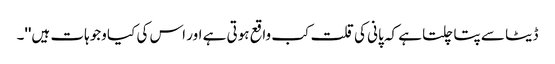
ڈیٹا سے پتا چلتا ہے کہ پانی کی قلت کب واقع ہوتی ہے اور اس کی کیا وجوہات ہیں''۔